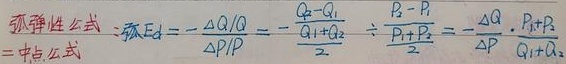
弧弹性公式\(=\)中点公式：\\
弧E_d\(=-\frac{\DeltaQ/Q}{\DeltaP/P}=-\frac{\frac{Q_2-Q_1}{Q_1+Q_2}}{\frac{P_2-P_1}{P_1+P_2}}=-\frac{\DeltaQ}{\DeltaP}\cdot\frac{P_1+P_2}{Q_1+Q_2}\)